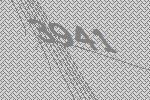
3941